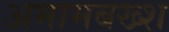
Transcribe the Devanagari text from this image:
अमामबख्श